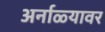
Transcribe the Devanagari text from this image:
अर्नाळ्यावर